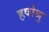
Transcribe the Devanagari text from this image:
हर्षाश्रु